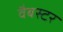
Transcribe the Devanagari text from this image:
वैबस्टर